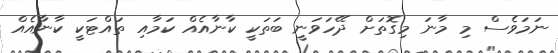
ނަމަވެސް މި މާނަ މިގޮތަށް ދޭހަވަނީ ބަތަކީ ކާނާއެއް ކަމާއި ތައްޓަކީ ކާނާއެއް